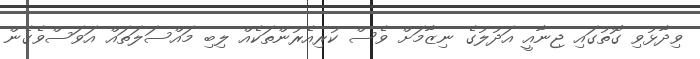
ވިދާޅުވި ގޮތުގައި ޖިނާއީ އަދުލުގެ ނިޒާމަށް ވެސް ކުރިއެރުންތަކެއް ލިބި މައްސަލަތައް އަވަސްވެގެން